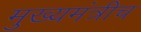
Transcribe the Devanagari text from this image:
मुख्यमंत्रीच